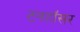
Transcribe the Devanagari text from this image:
टनहॉसर